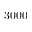
3 0 0 0